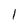
Character: 1